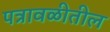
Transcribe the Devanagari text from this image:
पत्रावळीतील